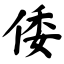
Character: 倭